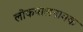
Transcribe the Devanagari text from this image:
लोकपालनामक